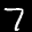
Label: 7